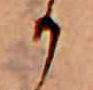
か